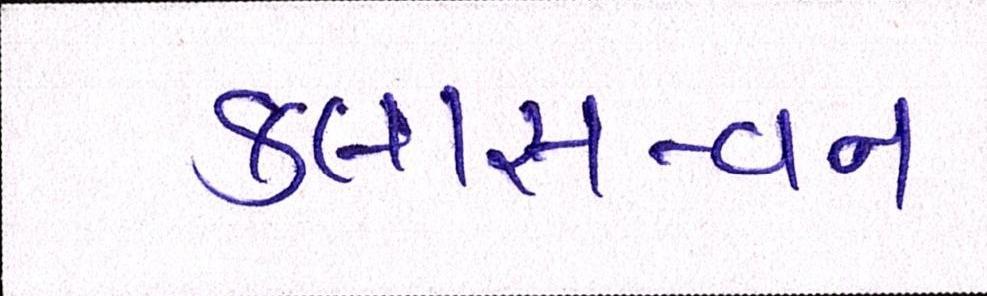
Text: કલાસ-વન